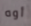
أوه